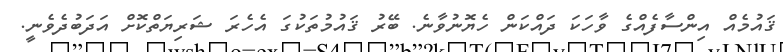
ޤައުމެއް އިންސާފެއްގެ ވާހަކަ ދައްކަން ހެޔޮނުވާނެ. ބޭރު ޤައުމުތަކުގަ އެހެރަ ޝަރިޔަތްކޮށް އަދަބުދެވެނީ.